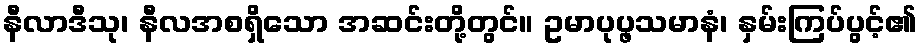
နီလာဒီသု၊ နီလအစရှိသော အဆင်းတို့တွင်။ ဥမာပုပ္ဖသမာနံ၊ နှမ်းကြပ်ပွင့်၏